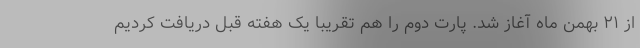
از ۲۱ بهمن ماه آغاز شد. پارت دوم را هم تقریبا یک هفته قبل دریافت کردیم